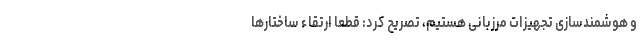
و هوشمندسازی تجهیزات مرزبانی هستیم، تصریح کرد: قطعاً ارتقاء ساختارها